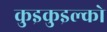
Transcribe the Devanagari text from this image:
कुइकुइल्को